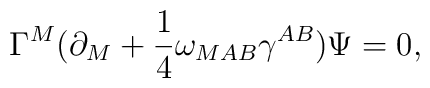
\Gamma^M(\partial_M+{1\over 4}\omega_{MAB}\gamma^{AB})\Psi=0,